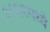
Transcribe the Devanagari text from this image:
१८६१मध्ये